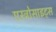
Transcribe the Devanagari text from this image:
एस्ट्रोसाइट्स